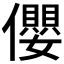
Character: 𪝼